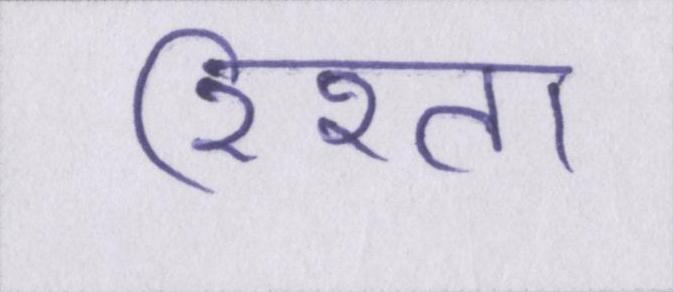
रिश्ता